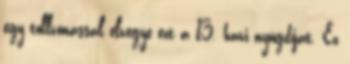
egy tollvonással elvegye ezt a 13. havi nyugdíjat. Ez